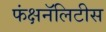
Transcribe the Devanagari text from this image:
फंक्षनॅलिटीस